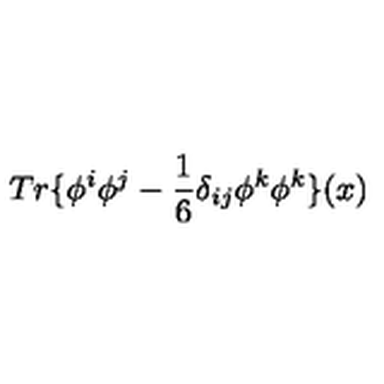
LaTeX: T r \{ \phi ^ { i } \phi ^ { j } - \frac { 1 } { 6 } \delta _ { i j } \phi ^ { k } \phi ^ { k } \} ( x )